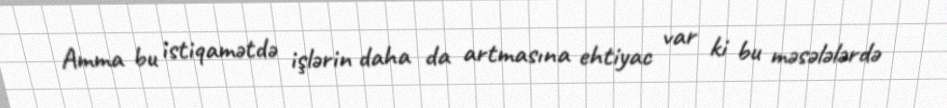
Amma bu istiqamətdə işlərin daha da artmasına ehtiyac var ki bu məsələlərdə